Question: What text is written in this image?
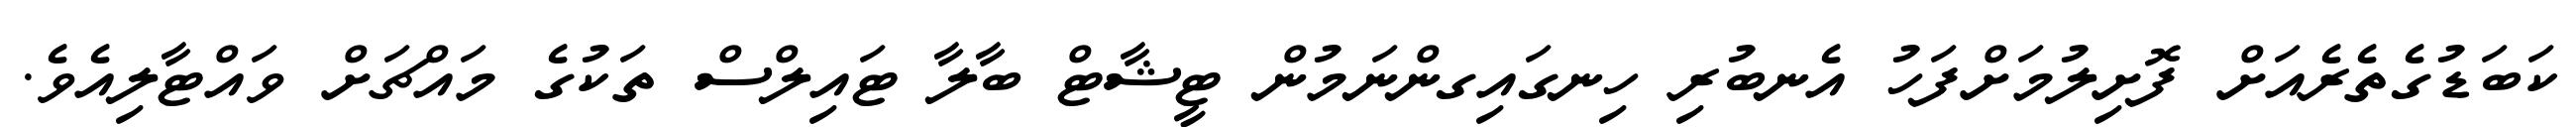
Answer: ކަބަޑުގެތެރެއަށް ފޮށިލުމަށްފަހު އެނބުރި ހިނގައިގންނަމުން ޓީޝާޓް ބާލާ ޓައިލްސް ތަކުގެ މައްޗަށް ވައްޓާލިއެވެ.